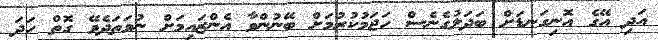
އަދި އޭގެ އޮނިގަނޑަށް ބަދަލުގެނެސް ހަޖަމުކުރުމަށް ބޭނުންވާ އެންޒައިމަށް ނުވަތަދެވޭ ގޮތް ހަދަ